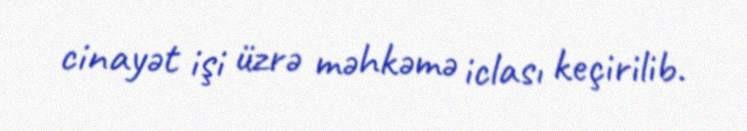
cinayət işi üzrə məhkəmə iclası keçirilib.